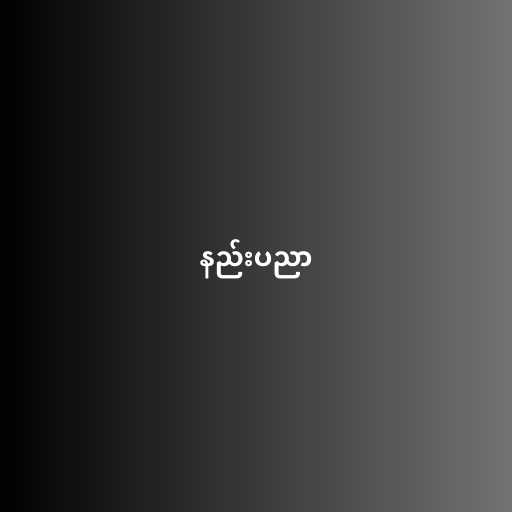
နည်းပညာ